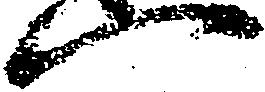
一